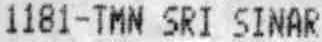
1181-TMN SRI SINAR